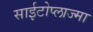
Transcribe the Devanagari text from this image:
साईटोप्लाज्मा